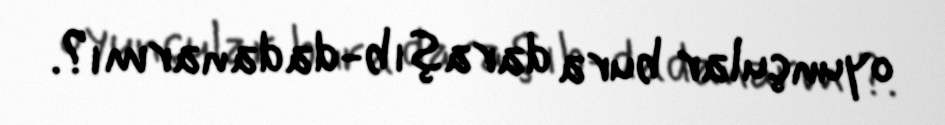
oyunçular bura daraşıb-dadanarmı?.